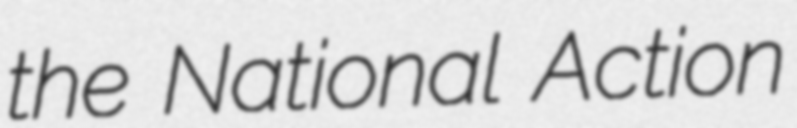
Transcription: the National Action